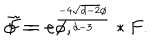
LaTeX: \bar { \phi } = - \phi , \hspace { 5 m m } \tilde { F } = e ^ { \frac { - 4 \sqrt { d - 2 } \phi } { d - 3 } } \ast F .